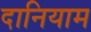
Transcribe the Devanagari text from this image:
दानियाम